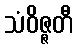
သံဝိဇ္ဇတီ